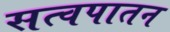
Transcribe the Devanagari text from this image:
सत्वपातन